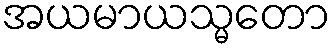
အယမာယသ္မတော